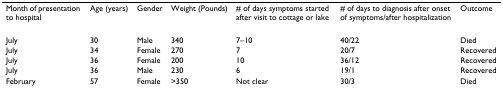
| Month of presentation to hospital | Age (years) | Gender | Weight (Pounds) | # of days symptoms started after visit to cottage or lake | # of days to diagnosis after onset of symptoms/after hospitalization | Outcome |
 | --- | --- | --- | --- | --- | --- | --- |
 | July | 30 | Male | 340 | 7–10 | 40/22 | Died |
 | July | 34 | Female | 270 | 7 | 20/7 | Recovered |
 | July | 36 | Female | 200 | 10 | 36/12 | Recovered |
 | July | 36 | Male | 230 | 6 | 19/1 | Recovered |
 | February | 57 | Female | >350 | Not clear | 30/3 | Died |